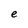
Character: e